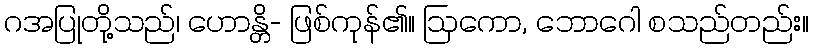
ဂအပြုတို့သည်၊ ဟောန္တိ- ဖြစ်ကုန်၏။ ဩကော, ဘောဂေါ စသည်တည်း။